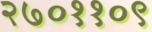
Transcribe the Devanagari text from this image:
२७०११०९